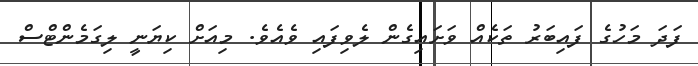
ފަދަ މަހުގެ ފައިބަރު ތަކެއް ވަށައިގެން ލެވިފައި ވެއެވެ. މިއަށް ކިޔަނީ ލިގަމެންޓްސް